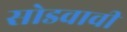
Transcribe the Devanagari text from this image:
सोडवावी